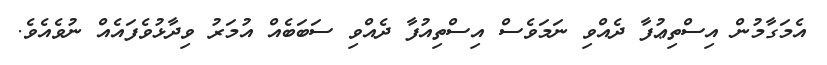
އެމަގާމުން އިސްތިޢުފާ ދެއްވި ނަމަވެސް އިސްތިއުފާ ދެއްވި ސަބަބެއް އުމަރު ވިދާޅުވެފައެއް ނުވެއެވެ.